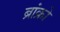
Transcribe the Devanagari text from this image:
ब्रांक्रो